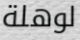
لوهلة